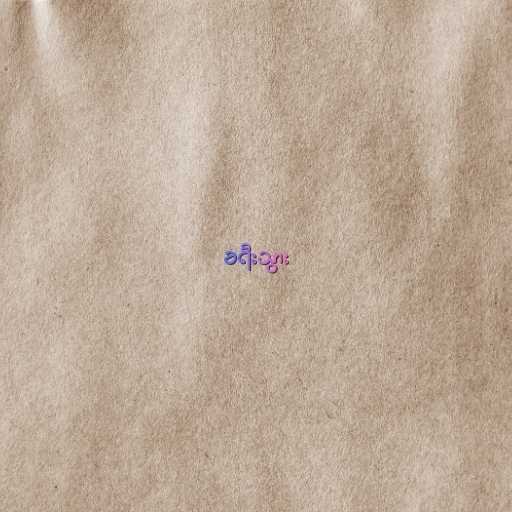
ခရီးသွား